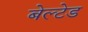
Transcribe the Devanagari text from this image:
बेल्टेड